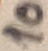
Text: 10